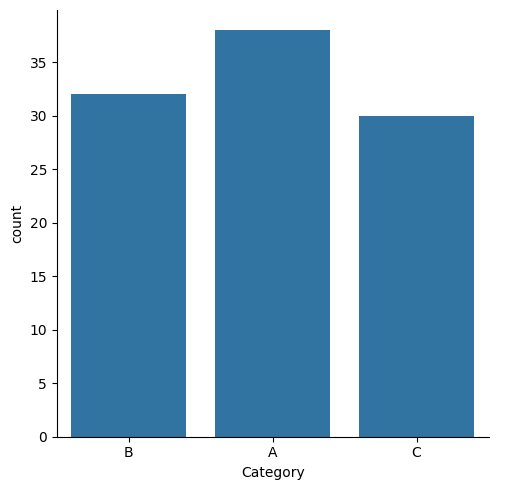
python, seaborn, catplot, kind='count', height=5, aspect=1